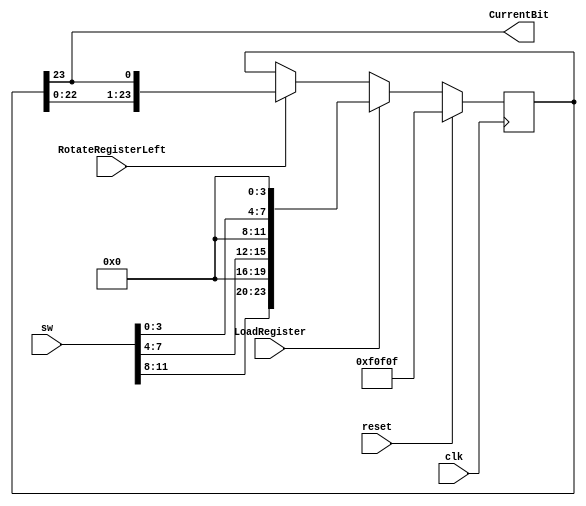
// ShiftRegister.v

module ShiftRegister(CurrentBit,sw,LoadRegister,RotateRegisterLeft,clk,reset);
	output		CurrentBit;
	input [15:4] sw;
	input		LoadRegister, RotateRegisterLeft;
	input		clk, reset;

	parameter	DEFAULTREG=24'h0F0F0F;
//	parameter RED=24'h00FF00,REDBLUE1=24'h00FF0F,REDBLUE2=24'h00FFF0,
//       MIDRB=24'h00FFFF,BLUERED2=24'h00F0FF,BLUERED1=24'h000FFF,
//       BLUE=24'h0000FF, BLUEGREEN1=24'h0F00FF,BLUEGREEN2=24'hF000FF,
//       MIDBG=24'hFF00FF,GREENBLUE2=24'hFF00F0,GREENBLUE1=24'hFF000F,
//       GREEN=24'hFF0000,GREENRED1=24'hFF0F00,GREENRED2=24'hFFF000,
//       MIDGR=24'hFFFF00, REDGREEN2=24'hF0FF00,REDGREEN1=24'h0FFF00;

	reg	[23:0]	TheReg, nTheReg;

	always @(posedge clk)
		if(reset)
			TheReg <= DEFAULTREG;
		else
			TheReg <= nTheReg;

	always @(TheReg, LoadRegister, RotateRegisterLeft,sw)
		if(LoadRegister)//add random color loop here set go to true somewhere to drive automatically
			nTheReg = {sw[15:12],4'b0000,sw[11:8],4'b0000,sw[7:4],4'b0000};
		else
			if(RotateRegisterLeft)
				nTheReg = {TheReg[22:0],TheReg[23]};
			else
				nTheReg = TheReg;

	assign	CurrentBit = TheReg[23];
endmodule